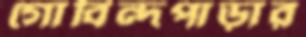
গোবিন্দপাড়ার